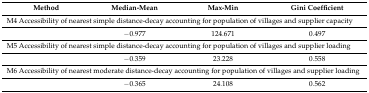
<table><thead><tr><td><b>Method</b></td><td><b>Median-Mean</b></td><td><b>Max-Min</b></td><td><b>Gini Coefficient</b></td></tr></thead><tbody><tr><td colspan="4">M4 Accessibility of nearest simple distance-decay accounting for population of villages and supplier capacity</td></tr><tr><td></td><td>−0.977</td><td>124.671</td><td>0.497</td></tr><tr><td colspan="4">M5 Accessibility of nearest simple distance-decay accounting for population of villages and supplier loading</td></tr><tr><td></td><td>−0.359</td><td>23.228</td><td>0.558</td></tr><tr><td colspan="4">M6 Accessibility of nearest moderate distance-decay accounting for population of villages and supplier loading</td></tr><tr><td></td><td>−0.365</td><td>24.108</td><td>0.562</td></tr></tbody></table>